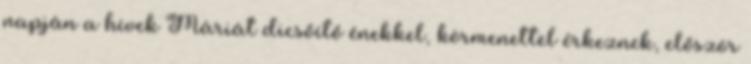
napján a hívek Máriát dicsőítő énekkel, körmenettel érkeznek, először